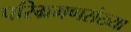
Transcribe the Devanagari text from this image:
परिभ्रमणसंख्या